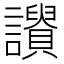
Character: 𧭾